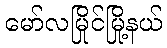
မော်လမြိုင်မြို့နယ်